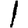
Digit: 1